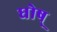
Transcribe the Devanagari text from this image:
घोष्